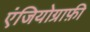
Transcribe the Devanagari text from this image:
एंजियोग्राफ़ी